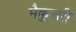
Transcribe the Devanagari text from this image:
मैकुअरी